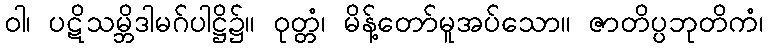
ဝါ၊ ပဋိသမ္ဘိဒါမဂ်ပါဋ္ဌိ၌။ ဝုတ္တံ၊ မိန့်တော်မူအပ်သော။ ဇာတိပ္ပဘုတိကံ၊